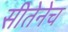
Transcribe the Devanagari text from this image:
सीतेनेच